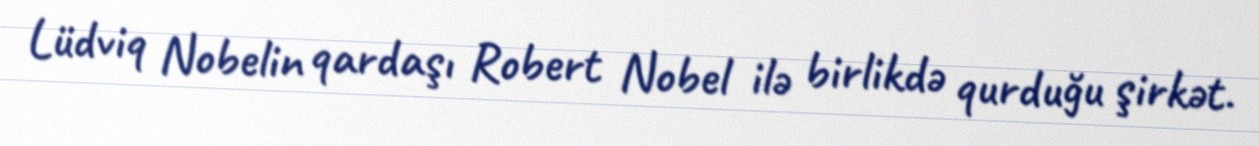
Lüdviq Nobelin qardaşı Robert Nobel ilə birlikdə qurduğu şirkət.